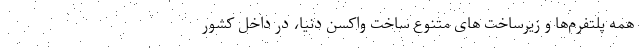
همه پلتفرم‌‌ها و زیرساخت های متنوع ساخت واکسن دنیا، در داخل کشور